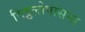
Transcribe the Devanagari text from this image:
विट्ठलोपासना